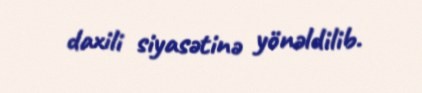
daxili siyasətinə yönəldilib.